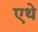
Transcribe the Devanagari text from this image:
एथे